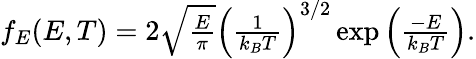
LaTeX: \begin{array}{r}{f_{E}(E,T)=2\sqrt{\frac{E}{\pi}}\left(\frac{1}{k_{B}T}\right)^{3/2}\exp\left(\frac{-E}{k_{B}T}\right).}\end{array}